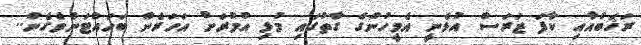
ރަޚަބްއާއި ކާފަ ޒަރަސް އުޅެނީ އެމީހުންގެ ގާތުގައި މުޅި އުމުރަށް އަހަރެން ބަހައްޓަންވެގެން..